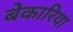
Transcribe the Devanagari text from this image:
बेकारिया